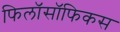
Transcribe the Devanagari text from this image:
फिलॉसॉफिकस